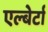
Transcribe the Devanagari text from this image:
एल्बेर्टा